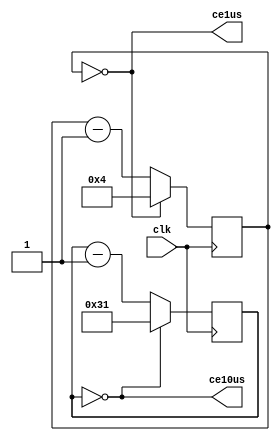
module Gen_ce(input clk, output wire ce1us,
                         output wire ce10us);

  parameter F50MHz= 50000000;
  parameter F1MHz = 10000000;

	reg  [15:0] cb_Nus = 0;
	wire [15:0] Nus = F50MHz/F1MHz-1;
  
	assign ce1us = (cb_Nus == 0);
	always @(posedge clk) begin
		cb_Nus <= ((cb_Nus==0) ? Nus : cb_Nus-1);
	end

  reg  [15:0] cb = 0;
  wire [15:0] N  = 10 * F50MHz/F1MHz - 1;

  assign ce10us = (cb == 0);
  always @(posedge clk) begin
    cb <= ((cb == 0) ? N : cb - 1);
  end

endmodule